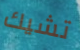
تشيك